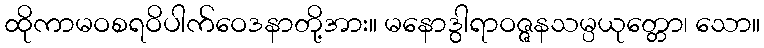
ထိုကာမဝစရဝိပါက်ဝေဒနာတို့အား။ မနောဒွါရာဝဇ္ဇနသမ္ပယုတ္တော၊ သော။